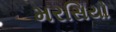
મરસિયો